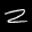
Label: 2